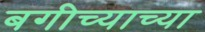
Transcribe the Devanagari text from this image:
बगीच्याच्या